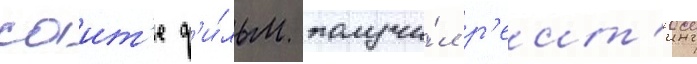
саит'е ф'и́льм получи́л р'еит'инг